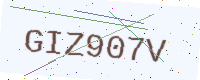
Text: GIZ907V